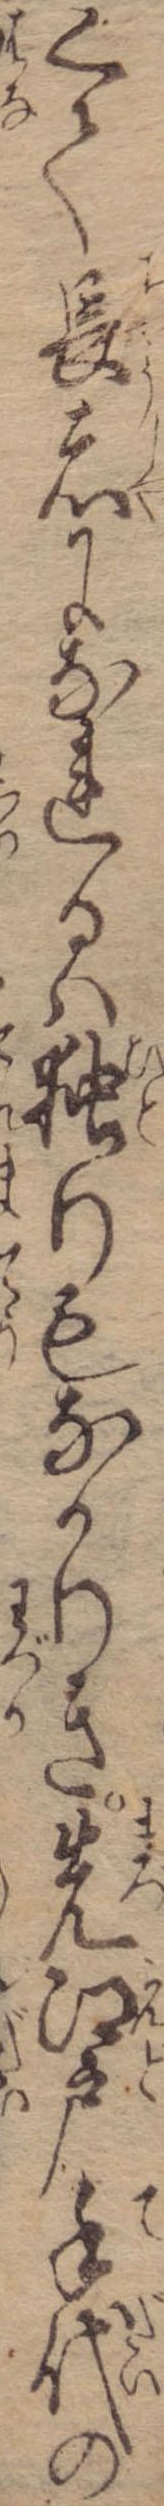
くて長者になれるは独りもなかりき先江戸手代の